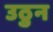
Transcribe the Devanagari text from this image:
उठुन